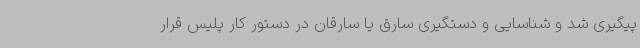
پیگیری شد و شناسایی و دستگیری سارق یا سارقان در دستور کار پلیس قرار